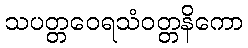
သပတ္တဝေရသံဝတ္တနိကော